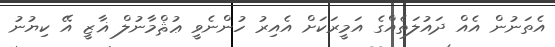
އެތަނުން އެއް ދައުލަތެއްގެ އަމީރަކަށް އެއިރު ހުންނެވީ ޢުޘްމާނުލް ޣާޒީ އޭ ކިޔުނު